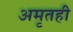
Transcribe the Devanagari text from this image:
अमृतही